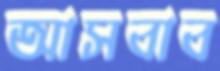
আসবাব